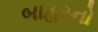
બાહરનો